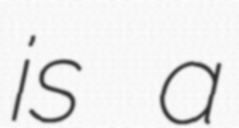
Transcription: is a